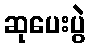
ဆုပေးပွဲ